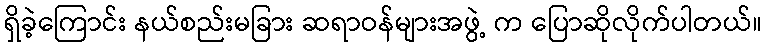
ရှိခဲ့ကြောင်း နယ်စည်းမခြား ဆရာဝန်များအဖွဲ့ က ပြောဆိုလိုက်ပါတယ်။